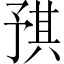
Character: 𪜝